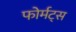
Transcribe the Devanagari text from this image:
फोर्मट्स